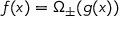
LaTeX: f ( x ) = \Omega _ { \pm } ( g ( x ) )